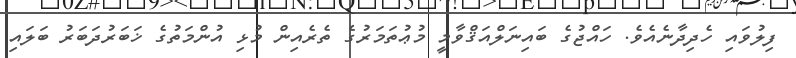
ފިލުވައި ހެދިދާނެއެވެ. ހައްޖުގެ ބައިނަލްއަޤްވާމީ މުޢުތަމަރުގެ ތެރެއިން މުޅި އުންމަތުގެ ޚަބަރުދަބަރު ބަލައި